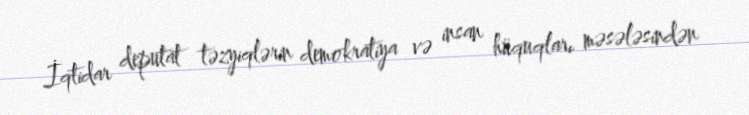
İqtidar deputat təzyiqlərin demokratiya və insan hüquqları məsələsindən